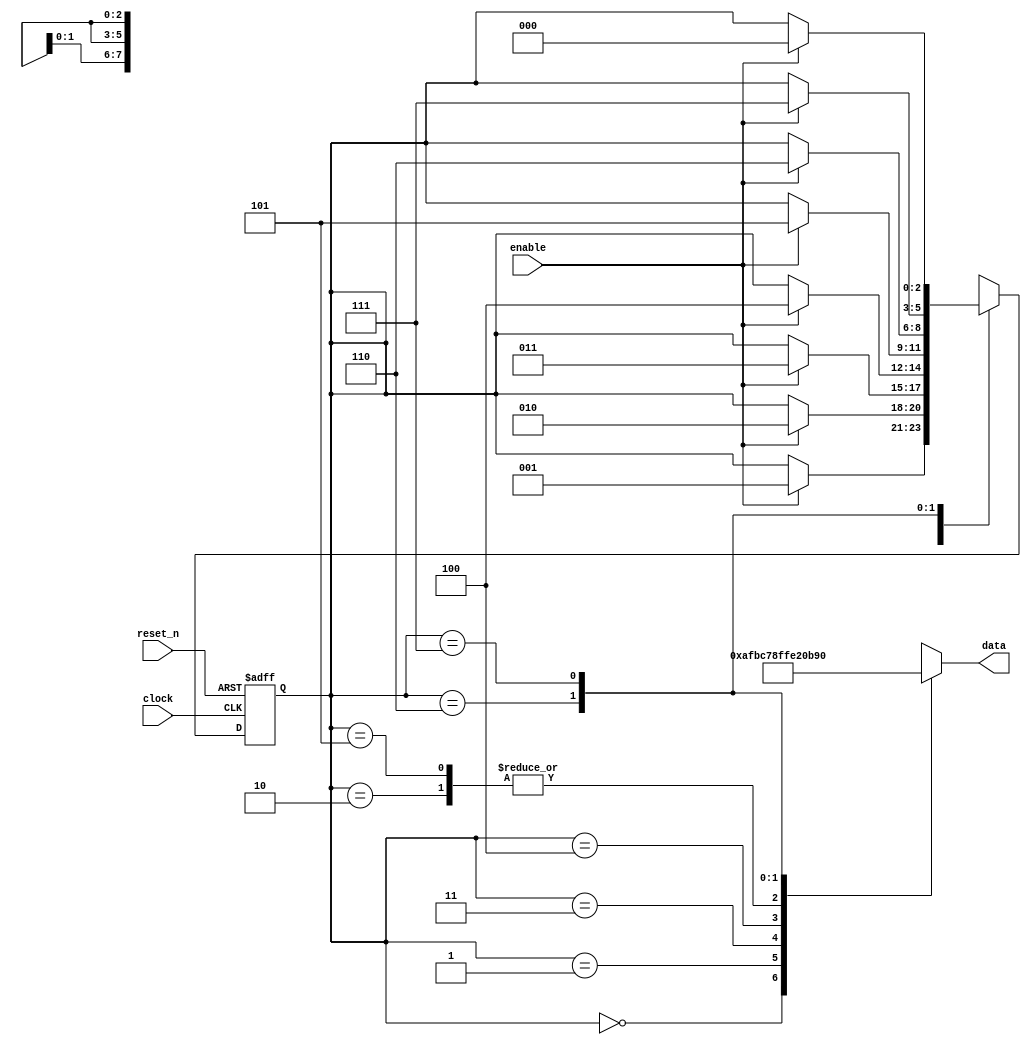
module sequence_generator (
    input wire clock,
    input wire reset_n, // active-low reset
    input wire enable,
    output reg [7:0] data // 8-bit output
);

// Define states as parameters
parameter S_AF = 3'b000,
          S_BC = 3'b001,
          S_E2 = 3'b010,
          S_78 = 3'b011,
          S_FF = 3'b100,
          S_E2_REPEAT = 3'b101,
          S_0B = 3'b110,
          S_8D = 3'b111;

// Declare FSM state registers
reg [2:0] state, next_state;

// Combinational logic for next state and output
always @(*) begin
    case (state)
        S_AF: begin
            data = 8'hAF;
            next_state = enable ? S_BC : state;
        end
        S_BC: begin
            data = 8'hBC;
            next_state = enable ? S_E2 : state;
        end
        S_E2: begin
            data = 8'hE2;
            next_state = enable ? S_78 : state;
        end
        S_78: begin
            data = 8'h78;
            next_state = enable ? S_FF : state;
        end
        S_FF: begin
            data = 8'hFF;
            next_state = enable ? S_E2_REPEAT : state;
        end
        S_E2_REPEAT: begin
            data = 8'hE2;
            next_state = enable ? S_0B : state;
        end
        S_0B: begin
            data = 8'h0B;
            next_state = enable ? S_8D : state;
        end
        S_8D: begin
            data = 8'h8D;
            next_state = enable ? S_AF : state;
        end
        default: begin
            data = 8'hAF;
            next_state = S_AF;
        end
    endcase
end

// Sequential logic for FSM state updates
always @(posedge clock or negedge reset_n) begin
    if (!reset_n) begin
        state <= S_AF; // Reset to the initial state
    end else begin
        state <= next_state; // Update state on the rising edge of the clock
    end
end

endmodule